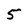
Character: 5